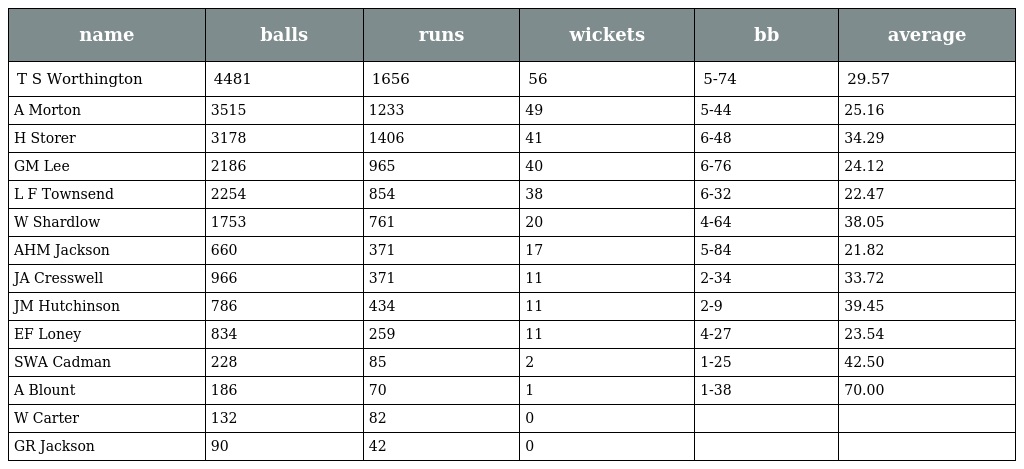
| name | balls | runs | wickets | bb | average |
 | --- | --- | --- | --- | --- | --- |
 | T S Worthington | 4481 | 1656 | 56 | 5-74 | 29.57 |
 | A Morton | 3515 | 1233 | 49 | 5-44 | 25.16 |
 | H Storer | 3178 | 1406 | 41 | 6-48 | 34.29 |
 | GM Lee | 2186 | 965 | 40 | 6-76 | 24.12 |
 | L F Townsend | 2254 | 854 | 38 | 6-32 | 22.47 |
 | W Shardlow | 1753 | 761 | 20 | 4-64 | 38.05 |
 | AHM Jackson | 660 | 371 | 17 | 5-84 | 21.82 |
 | JA Cresswell | 966 | 371 | 11 | 2-34 | 33.72 |
 | JM Hutchinson | 786 | 434 | 11 | 2-9 | 39.45 |
 | EF Loney | 834 | 259 | 11 | 4-27 | 23.54 |
 | SWA Cadman | 228 | 85 | 2 | 1-25 | 42.50 |
 | A Blount | 186 | 70 | 1 | 1-38 | 70.00 |
 | W Carter | 132 | 82 | 0 |  |  |
 | GR Jackson | 90 | 42 | 0 |  |  |